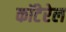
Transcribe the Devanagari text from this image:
कॉटेरेल